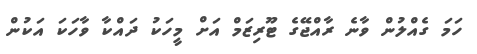
ހަމަ ގެއްލުން ވާނެ ރާއްޖޭގެ ޓޫރިޒަަމް އަށް މީހަކު ދައްކާ ވާހަކަ އަކުން